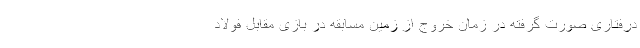
درفتاری صورت گرفته در زمان خروج از زمین مسابقه در بازی مقابل فولاد